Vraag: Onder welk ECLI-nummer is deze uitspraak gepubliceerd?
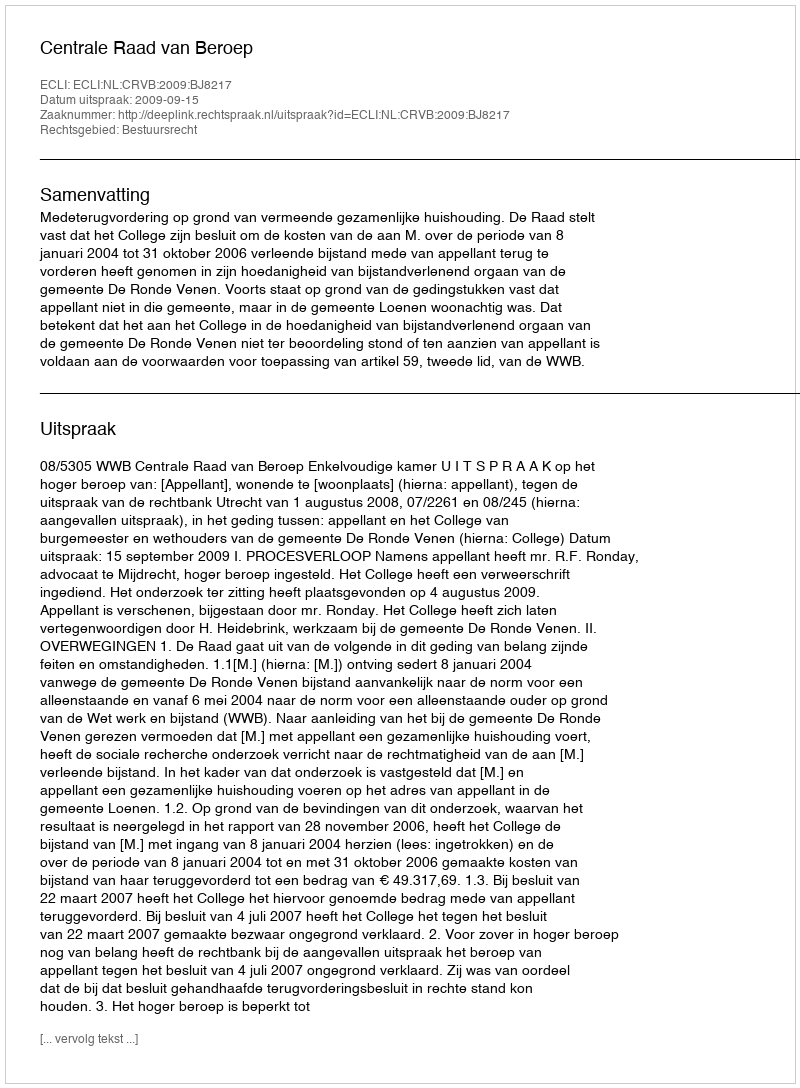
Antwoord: ECLI:NL:CRVB:2009:BJ8217